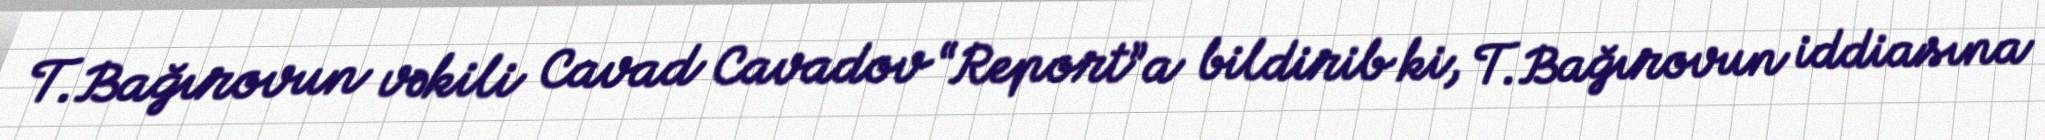
T.Bağırovun vəkili Cavad Cavadov “Report”a bildirib ki, T.Bağırovun iddiasına